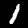
Label: 1